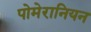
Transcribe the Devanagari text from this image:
पोमेरानियन